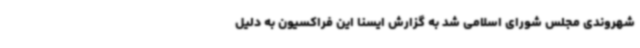
شهروندی مجلس شورای اسلامی شد به گزارش ایسنا این فراکسیون به دلیل